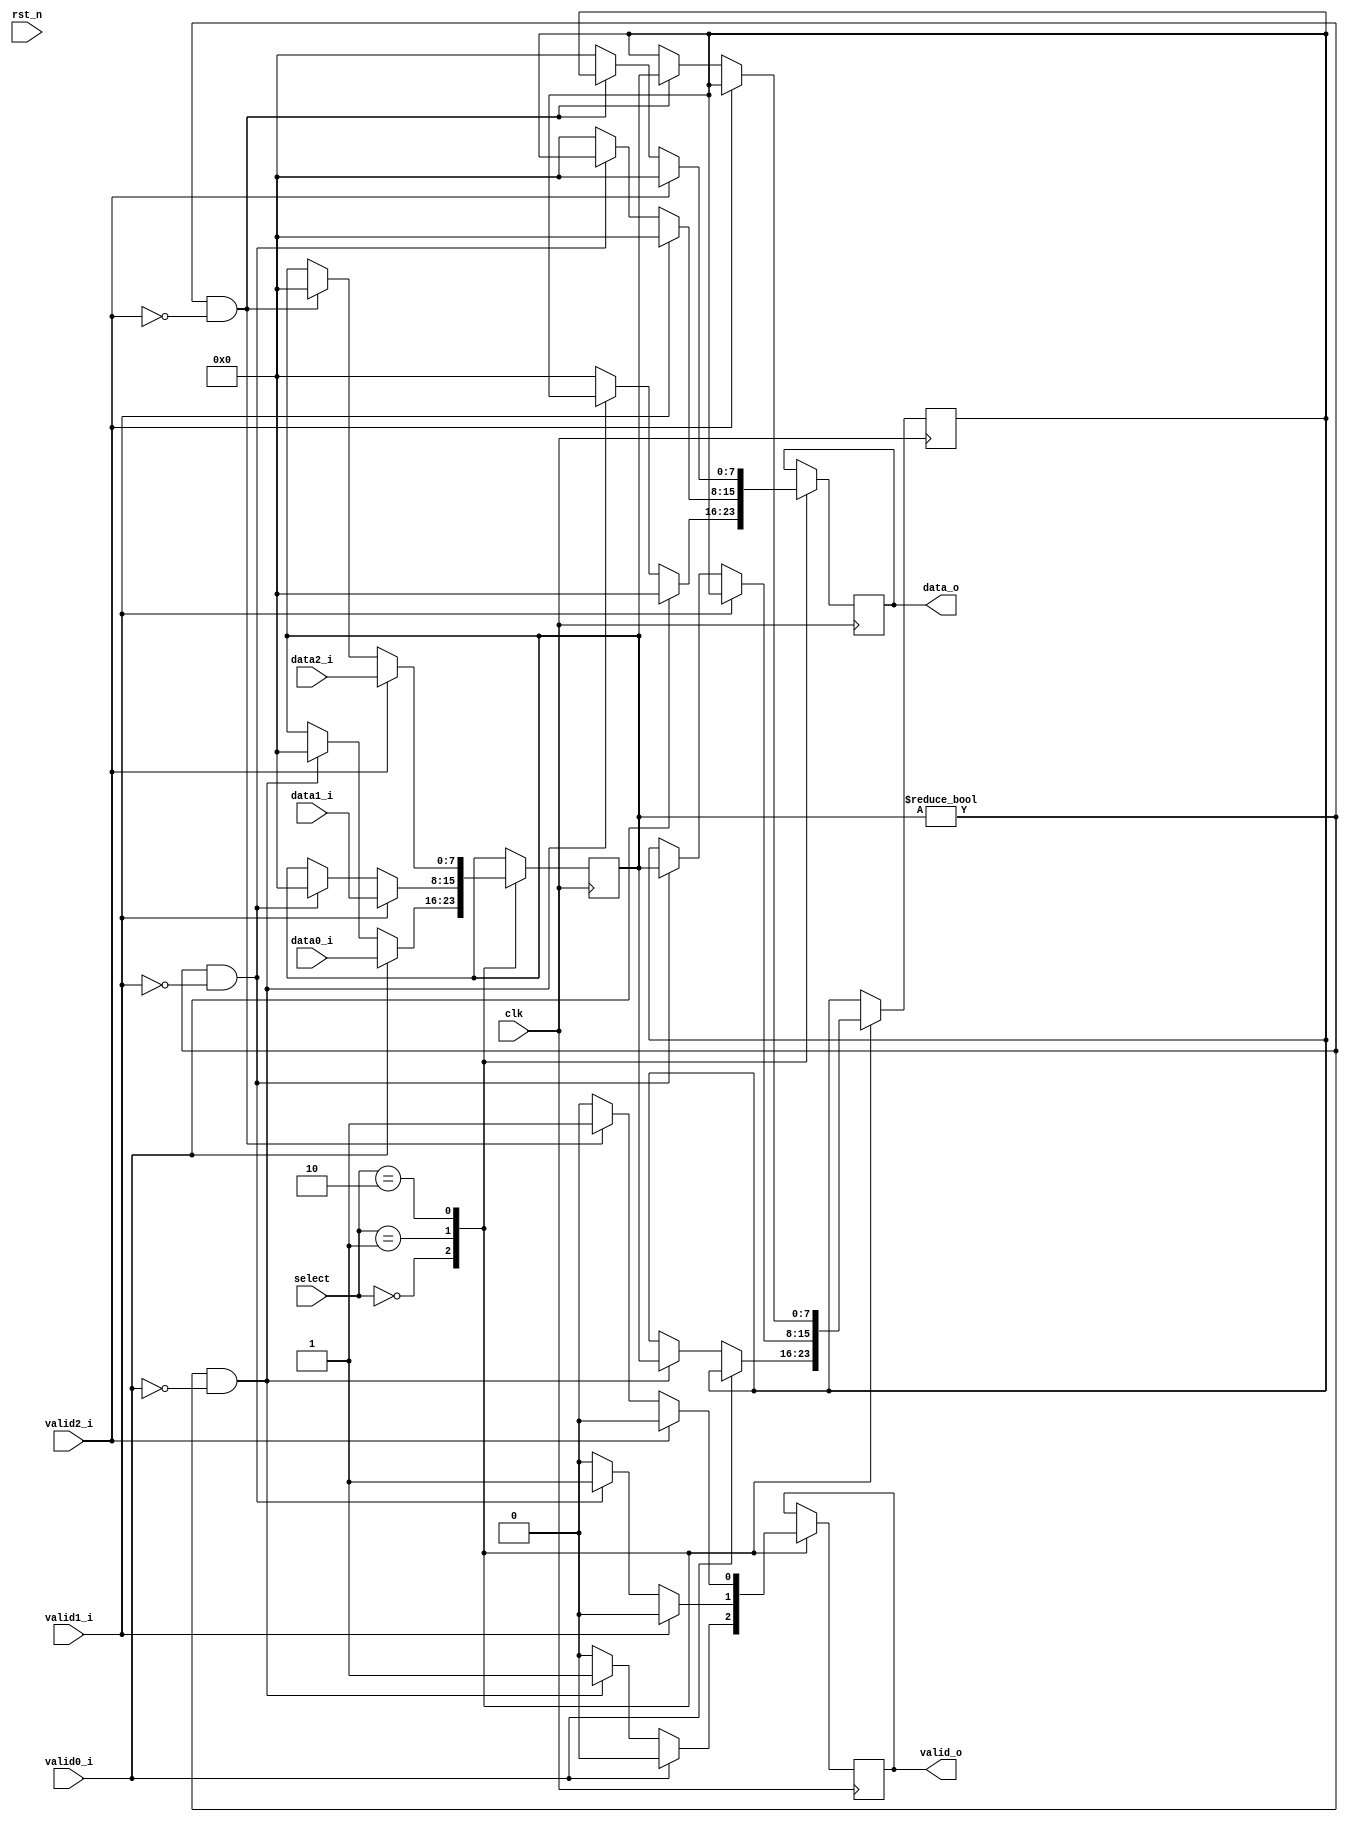
`timescale 1ns / 1ps

module mux #(
		parameter D_WIDTH = 8
	)(
		// Clock and reset interface
		input clk,
		input rst_n,
		
		//Select interface
		input[1:0] select,
		
		// Output interface
		output reg[D_WIDTH - 1 : 0] data_o,
		output reg				    valid_o,
				
		//output interfaces
		input [D_WIDTH - 1 : 0] 	data0_i,
		input   					valid0_i,
		
		input [D_WIDTH - 1 : 0] 	data1_i,
		input   					valid1_i,
		
		input [D_WIDTH - 1 : 0] 	data2_i,
		input     					valid2_i
    );
	
	//TODO: Implement MUX logic here
	reg[D_WIDTH - 1 : 0] data_reg, aux;
    always @(posedge clk) begin
        case(select)
            2'b00: begin
                if(valid0_i == 1) begin
                    data_reg <= data0_i;
                    data_o <= 0;
                    valid_o <= 0;
                end
                else if(data_reg != 0 && valid0_i == 0) begin
                    aux <= data_reg;
                    data_o <= aux;
                    valid_o <= 1;
                    data_reg <= 0;
                end
                else begin
                    data_o <= 0;
                    valid_o <= 0;
                    //data_reg <= 0;
                end
            end
            2'b01: begin
                if(valid1_i == 1) begin
                    data_reg <= data1_i;
                    data_o <= 0;
                    valid_o <= 0;
                end
                else if(data_reg != 0 && valid1_i == 0) begin
                    aux <= data_reg;
                    data_o <= aux;
                    valid_o <= 1;
                    data_reg <= 0;
                end
                else begin
                    data_o <= 0;
                    valid_o <= 0;
                    //data_reg <= 0;
                end
            end
            2'b10: begin
                if(valid2_i == 1) begin
                    data_reg <= data2_i;
                    data_o <= 0;
                    valid_o <= 0;
                end
                else if(data_reg != 0 && valid2_i == 0) begin
                    aux <= data_reg;
                    data_o <= aux;
                    valid_o <= 1;
                    data_reg <= 0;
                end
                else begin
                    data_o <= 0;
                    valid_o <= 0;
                    //data_reg <= 0;
                end
            end
        endcase
    end
endmodule